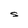
Character: S